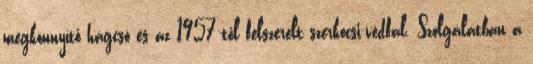
megkönnyítő hágcsó és az 1957-től felszerelt szerkocsi-védfal. Szolgálatban a